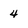
Character: 4